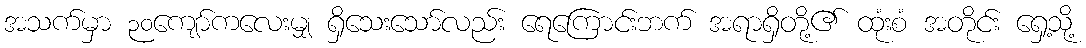
အသက်မှာ ၃၀ကျော်ကလေးမျှ ရှိသေးသော်လည်း ရေကြောင်းဘက် အရာရှိတို့၏ ထုံးစံ အတိုင်း ရှေ့သို့